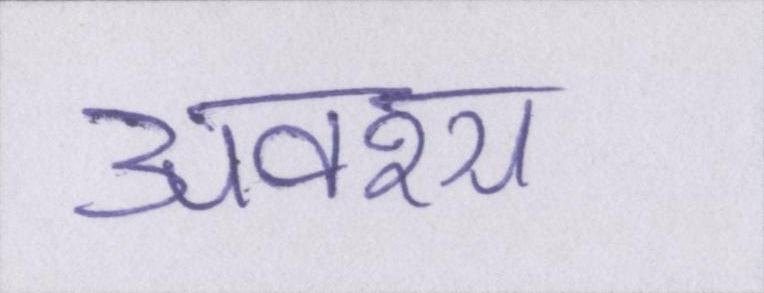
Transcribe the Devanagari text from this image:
अवश्य